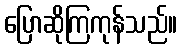
ပြောဆိုကြကုန်သည်။